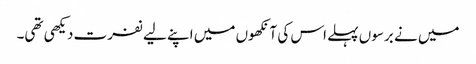
میں نے برسوں پہلے اس کی آنکھوں میں اپنے لیے نفرت دیکھی تھی۔